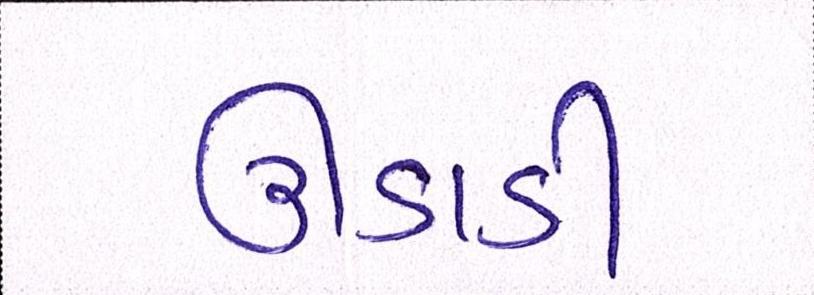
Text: ઊડાડી